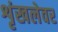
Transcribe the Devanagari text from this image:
शृंखलेवर